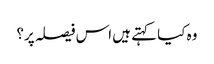
وہ کیا کہتے ہیں اس فیصلہ پر؟